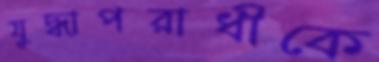
যুদ্ধাপরাধীকে